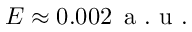
E \approx 0 . 0 0 2 \, \mathrm { ~ a ~ . ~ u ~ . ~ }